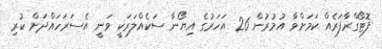
ފޮޓޯގްރާފަރެއް ކަމަށްވާ އުމުރުން 26 އަހަރުގެ އިޔޯނާ ސަކެއްލަރަކީ ވަނީ އެސަރަހައްދަށް ކުރި